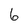
Character: 6